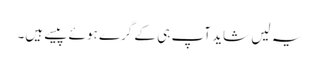
یہ لیں شاید آپ ہی کے گرے ہوئے پیسے ہیں۔